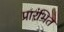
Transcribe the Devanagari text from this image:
प्रारंभित